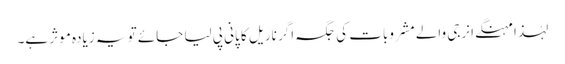
لہٰذا مہنگے انرجی والے مشروبات کی جگہ اگر ناریل کا پانی پی لیا جائے تو یہ زیادہ موثر ہے۔